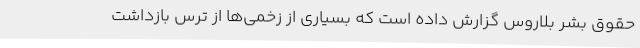
حقوق بشر بلاروس گزارش داده است که بسیاری از زخمی‌ها از ترس بازداشت